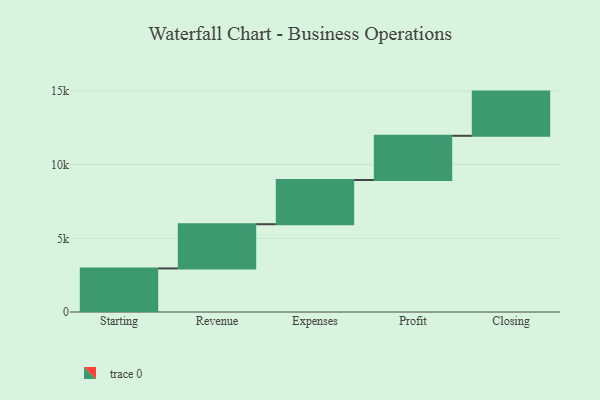
{"axis": {"x": "Step", "y": "Value"}, "legend": [""], "data": [{"x": "Starting", "y": 2958.0, "type": ""}, {"x": "Revenue", "y": 3000, "type": ""}, {"x": "Expenses", "y": 3000, "type": ""}, {"x": "Profit", "y": 3000, "type": ""}, {"x": "Closing", "y": 3000, "type": ""}]}